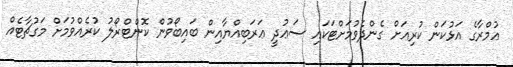
ޢުމްރާގެ އަޅުކަން ކުރިއަށް ގެންދެވުމަށްޓަކައި ސަޢުދީ ޢަރަބިއްޔާއިން ބައިބޯވުން ކޮންޓްރޯލު ކުރެއްވުމަށް މަގުޗާޓެއް